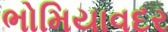
ભોમિયાવદર